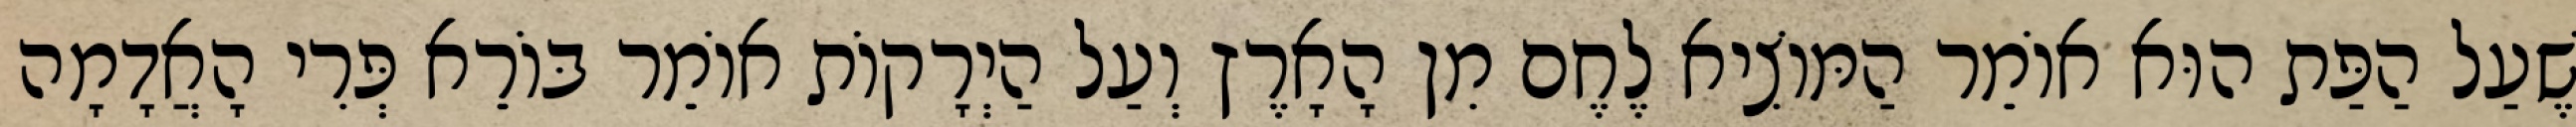
שֶׁעַל הַפַּת הוּא אוֹמֵר הַמּוֹצִיא לֶחֶם מִן הָאָרֶץ וְעַל הַיְרָקוֹת אוֹמֵר בּוֹרֵא פְּרִי הָאֲדָמָה